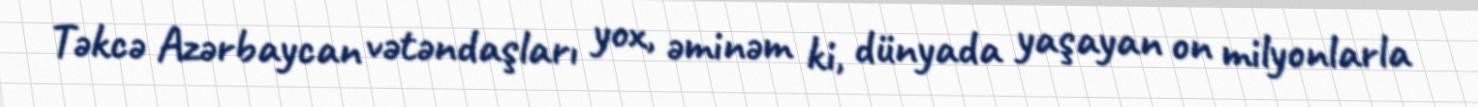
Təkcə Azərbaycan vətəndaşları yox, əminəm ki, dünyada yaşayan on milyonlarla